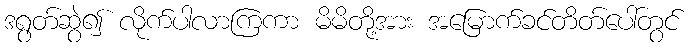
ဒရွတ်ဆွဲ၍ လိုက်ပါလာကြကာ မိမိတို့အား အမြောက်ခင်တိတ်ပေါ်တွင်